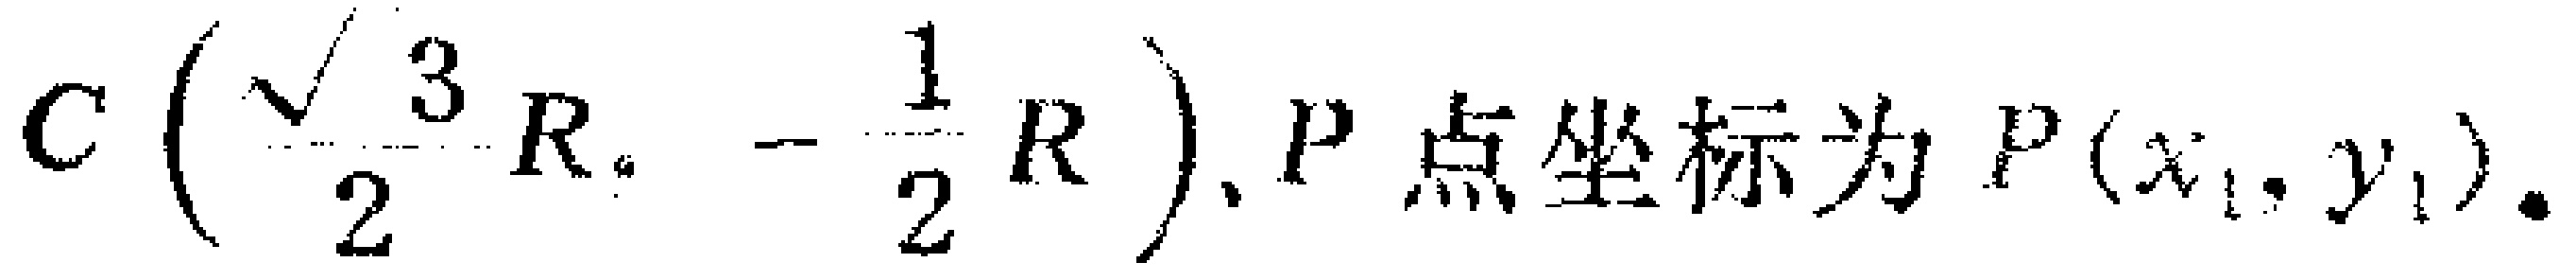
$C\left(\frac{\sqrt{3}}{2}R,-\frac{1}{2}R\right),P点坐标为P(x_{1},y_{1}).$